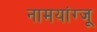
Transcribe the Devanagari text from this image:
नामयांग्जू